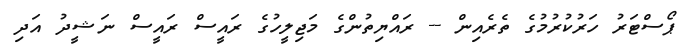
ޕޯސްޓަރު ހަރުކުރުމުގެ ތެރެއިން -- ރައްޔިތުންގެ މަޖިލީހުގެ ރައީސް ރައީސް ނަޝީދު އަދި